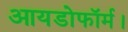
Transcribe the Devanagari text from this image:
आयडोफॉर्म।